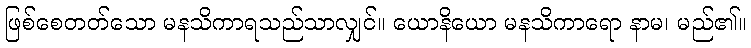
ဖြစ်စေတတ်သော မနသိကာရသည်သာလျှင်။ ယောနိယော မနသိကာရော နာမ၊ မည်၏။